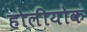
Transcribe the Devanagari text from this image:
होलीयोक